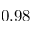
0 . 9 8